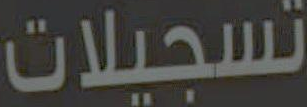
تسجيلات